Civil Veterinary Department. Madras. Admin. report 1910-25 - 1910-1925
Year: 1910
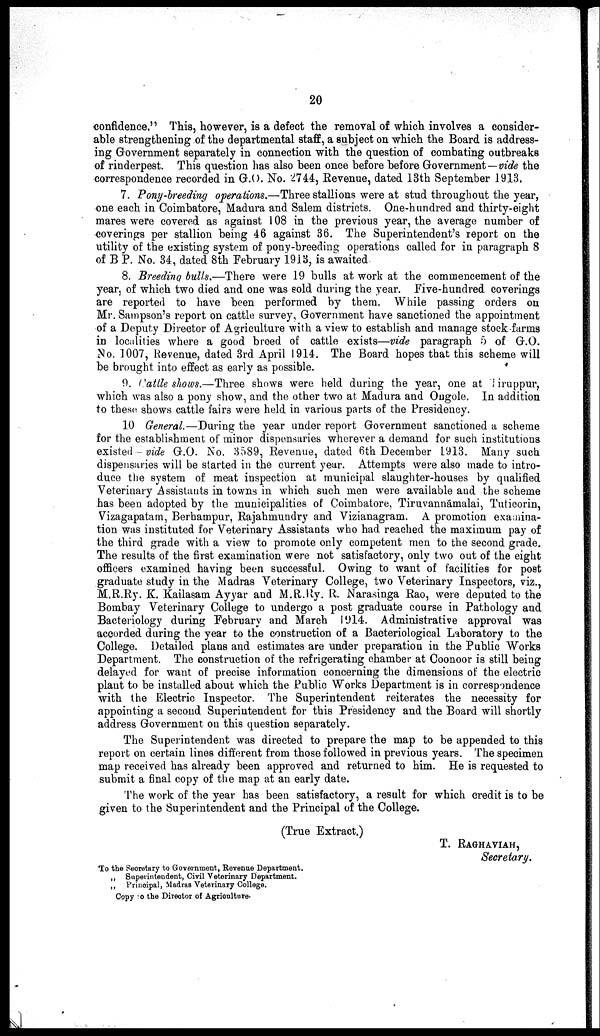
20
confidence." This, however, is a defect the removal of which involves a consider
able strengthening of the departmental staff, a subject on which the Board is address
ing Government separately in connection with the question of combating outbreaks
of rinderpest. This question has also been once before before Government—vide the
correspondence recorded in G.O. No. 2744, Revenue, dated 13th September 1913,
7. Pony-breeding operations.—Three stallions were at stud throughout the year,
one each in Coimbatore, Madura and Salem districts. One-hundred and thirty-eight
mares were covered as against 108 in the previous year, the average number of
coverings per stallion being 46 against 36. The Superintendent's report on the
utility of the existing system of pony-breeding operations called for in paragraph 8
of B P. No. 34, dated 8th February 1913, is awaited
8. Breeding bulls.—There were 19 bulls at work at the commencement of the
year, of which two died and one was sold during the year. Five-hundred coverings
are reported to have been performed by them. While passing orders on
Mr. Sampson's report on cattle survey, Government have sanctioned the appointment
of a Deputy Director of Agriculture with a view to establish and manage stock farms
in localities where a good breed of cattle exists—vide paragraph 5 of G.O.
Mo. 1007, Revenue, dated 3rd April 1914. The Board hopes that this scheme will
be brought into effect as early as possible.
9. Cattle shows.—Three shows were held during the year, one at Tiruppur,
which was also a pony show, and the other two at Madura and Ongole. In addition
to these, shows cattle fairs were held in various parts of the Presidency.
10 General.—During the year under report Government sanctioned a scheme
for the establishment of minor dispensaries wherever a demand for such institutions
existed — vide G.O. No. 3589, Revenue, dated 6th December 1913. Many such
dispensaries will be started in the current year. Attempts were also made to intro
duce the system of meat inspection at municipal slaughter-houses by qualified
Veterinary Assistants in towns in which such men were available and the scheme
has been adopted by the municipalities of Coimbatore, Tiruvannāmalai, Tuticorin,
Vizagapatam, Berhampur, Rajahmundry and Vizianagram. A promotion examina
tion was instituted for Veterinary Assistants who had reached the maximum pay of
the third grade with a view to promote only competent men to the second grade.
The results of the first examination were not satisfactory, only two out of the eight
officers examined having been successful. Owing to want of facilities for post
graduate study in the Madras Veterinary College, two Veterinary Inspectors, viz.,
M.R.Ry. K. Kailasam Ayyar and M.R.Ry. R. Narasinga Rao, were deputed to the
Bombay Veterinary College to undergo a post graduate course in Pathology and
Bacteriology during February and March 1914. Administrative approval was
accorded during the year to the construction of a Bacteriological Laboratory to the
College. Detailed plans and estimates are under preparation in the Public Works
Department. The construction of the refrigerating chamber at Coonoor is still being
delayed for want of precise information concerning the dimensions of the electric
plant to be installed about which the Public Works Department is in correspondence
with the Electric Inspector. The Superintendent reiterates the necessity for
appointing a second Superintendent for this Presidency and the Board will shortly
address Government on this question separately.
The Superintendent was directed to prepare the map to be appended to this
report on certain lines different from those followed in previous years. The specimen
map received has already been approved and returned to him. He is requested to
submit a final copy of the map at an early date.
The work of the year has been satisfactory, a result for which credit is to be
given to the Superintendent and the Principal of the College.
(True Extract.)
T. RAGHAVIAH,
Secretary.
To the Secretary to Government, Revenue Department.
„ Superintendent, Civil Veterinary Department.
„ Principal, Madras Veterinary College.
Copy to the Director of Agriculture.